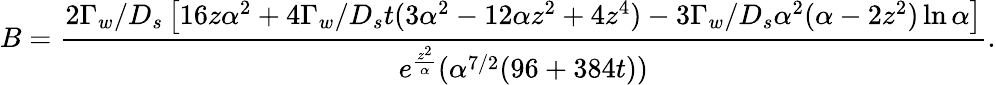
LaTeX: B=\frac{2\Gamma_{w}/D_{s}\left[16z\alpha^{2}+4\Gamma_{w}/D_{s}t(3\alpha^{2}-12\alpha z^{2}+4z^{4})-3\Gamma_{w}/D_{s}\alpha^{2}(\alpha-2z^{2})\ln\alpha\right]}{e^{\frac{z^{2}}{\alpha}}(\alpha^{7/2}(96+384t))}.